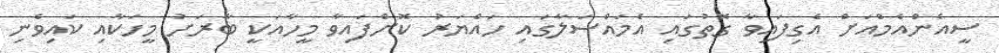
ސީއެންއެމްއަށް އެގިފައިވާ ގޮތުގައި އެމައްސަލާގައި ހައްޔަރު ކޮށްފައިވާ މީހާއަކީ ބާރަށު މީހަކާއި ކައިވެނި